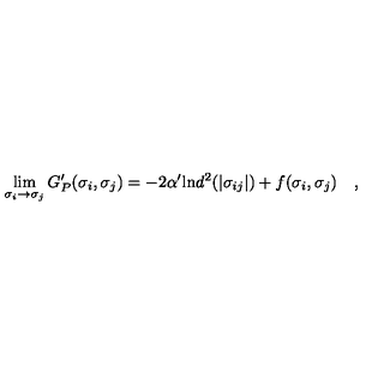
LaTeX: \lim _ { \sigma _ { i } \to \sigma _ { j } } G _ { P } ^ { \prime } ( \sigma _ { i } , \sigma _ { j } ) = - 2 \alpha ^ { \prime } \mathrm { l n } d ^ { 2 } ( | \sigma _ { i j } | ) + f ( \sigma _ { i } , \sigma _ { j } ) \quad ,